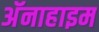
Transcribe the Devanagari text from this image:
अॅनाहाइम